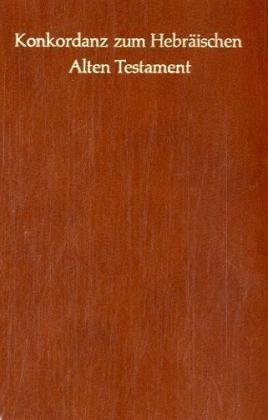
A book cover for Konkordanz Zum Hebraischen Alten Testament/Concordance to the Hebrew Old Testament  (Hebrew and German Edition); Christian Books & Bibles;